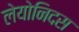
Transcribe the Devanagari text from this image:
लेयोनिदस